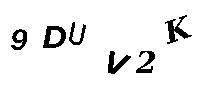
9DUV2K